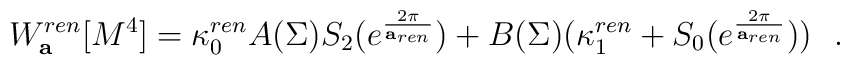
W_{\bf a}^{ren}[M^4]=\kappa^{ren}_0 A(\Sigma ) S_2(e^{2\pi\over {\bf a}_{ren}})+B(\Sigma )(\kappa_1^{ren}+S_0(e^{2\pi\over {\bf a}_{ren}}))~~.